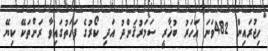
ހިޖުރައިން 482ވަނަ އަހަރު ބުޚާރީ ސަމަރުޤަންދު އަދި ކޯރުގެ ފަހަތުގައިވާ ރަށްތަކޭ ކިޔޭ